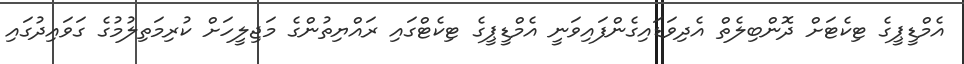
އެމްޑީޕީގެ ޓިކެޓަށް ދޮންބިލެތް އެދިވަޑައިގެންފައިވަނީ އެމްޑީޕީގެ ޓިކެޓްގައި ރައްޔިތުންގެ މަޖިލީހަށް ކުރިމަތިލުމުގެ ގަވައިދުގައި